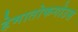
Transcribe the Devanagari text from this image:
हेमातोफगोउस